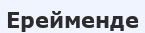
Ерейменде